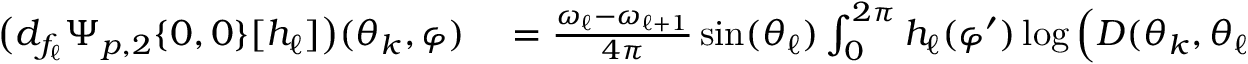
\begin{array} { r l } { \big ( d _ { f _ { \ell } } \Psi _ { p , 2 } \{ 0 , 0 \} [ h _ { \ell } ] \big ) ( \theta _ { k } , \varphi ) } & { { } = \frac { \omega _ { \ell } - \omega _ { \ell + 1 } } { 4 \pi } \sin ( \theta _ { \ell } ) \int _ { 0 } ^ { 2 \pi } h _ { \ell } ( \varphi ^ { \prime } ) \log \Big ( D ( \theta _ { k } , \theta _ { \ell } , \varphi , \varphi ^ { \prime } ) \Big ) d \varphi ^ { \prime } } \end{array}